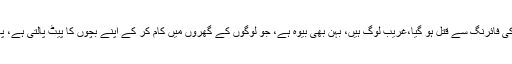
میرا ایک مالی ہے، اُس کا بھانجا کالونی میں گارڈ کی فائرنگ سے قتل ہو گیا،غریب لوگ ہیں، بہن بھی بیوہ ہے، جو لوگوں کے گھروں میں کام کر کے اپنے بچوں کا پیٹ پالتی ہے، پہلے ایک وکیل کِیا اس نے،ایک لاکھ روپیہ فیس لی۔